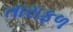
તારાફળ